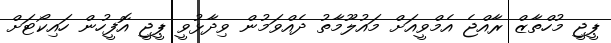
ޕީޖީ މުހްތާޒް ރާއްޖެ އެމްވީއަށް މައުލޫމާތު ދެއްވަމުން ވިދާޅުވީ ޕީޖީ އޮފީހުން ހައިކޯޓަށް